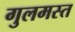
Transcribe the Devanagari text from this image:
गुलमस्त